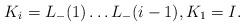
LaTeX: \begin{align*}K_{i}=L_{-}(1)\dots L_{-}(i-1), K_{1}=I. \end{align*}